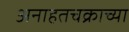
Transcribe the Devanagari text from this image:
अनाहतचक्राच्या